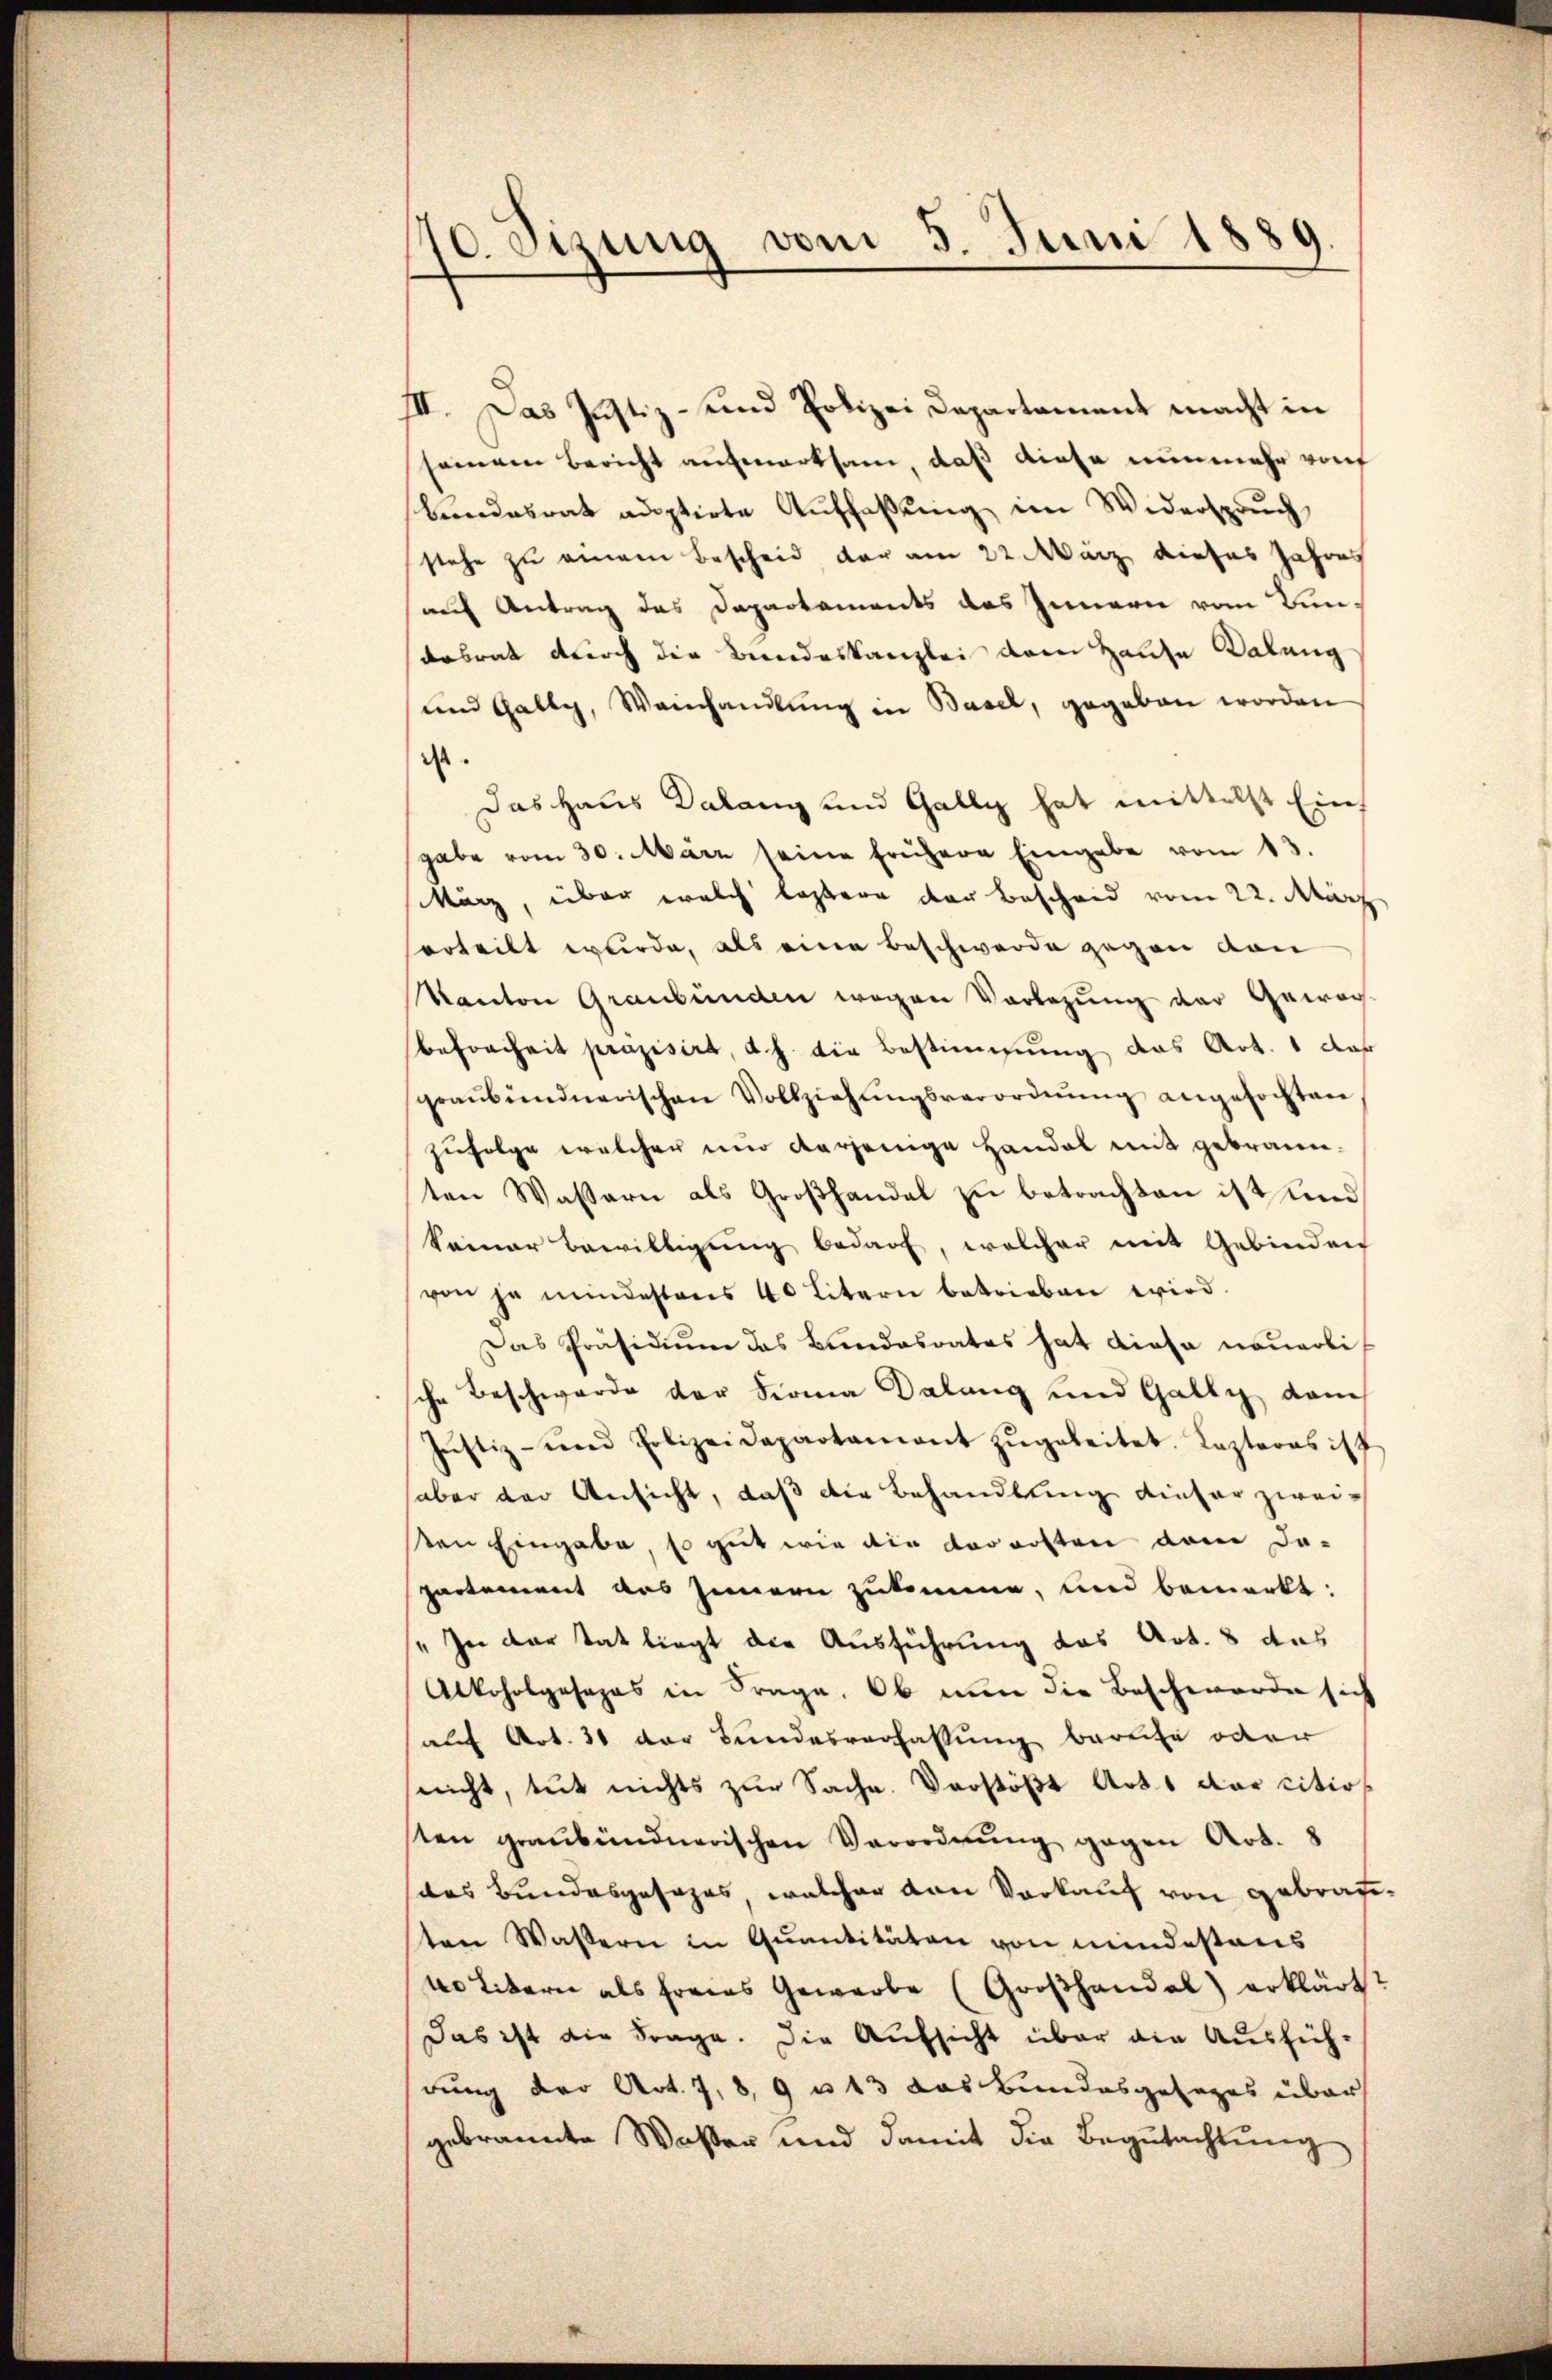
70. Sizung vom 5. Juni 1889

III. Das Justiz- und Polizei Departament macht in
seinem Bericht aufmerksam, daß diese nunmehr von
bandesrat adoptirte Auffaßung im Widerspruch,
stehe zu einem Bescheid der am 22. März dieses Jahres
auf Antrag das Departements des Innern vom Bun
desrat durch die Bundeskanzlei dem Hause Dalang
und Gally, Vorhandlŭng in Basel, gegeben worden
ist.
Das Haus Dalang und Gally hat mittelst Eins
gabe vom 30. März seine frühere Eingabe vom 13.
März, über welch leztere der Bescheid vom 22. März
erteilt wurde, als eine Beschwerde gegen von
Kanton Graubünden wegen Vorlegung der Gewäch-
Befreiheit präzisirt, d. h. die Bestimmung das Art. 1 das
graubündnerischen Vollziehŭngsverordnŭng angefochten
zufolge welchen nur derjenige Handel mit gebraun-
ten Wassern als Großhandel zu betrachten ist und
keiner Bewilligung bedarf, welcher mit Gebinden
von je mindestens 40 Litern betrieben wird.
Das Präsidium das Bundesrates hat diese neuerlische Beschwerde der Firma Dalang und Gally, dam
Jŭstiz- und Polizeidepartament zŭgeleitet. Lezteres ist
aber der Ansicht, daß die Behandlung dieser zwei-
sten Eingabe, so gut wie die vorersten dem da-
partement des Innern zukomme, und bemerkt:
" In der tat liegt die Ausführung das Art. 8 das
Alkoholgosapas in Frage, Ob nun die Beschwerde sich
auf Art. 31 der Bundesverfassung berufe oder
nicht, tut nichts zur Sache Verstößt Art. 1 der citirsten graubündnerischen Verordnung gegen Art. 8
das Bundesgesezes, welcher von Vorkauf von gebrate
sten Wassern in Quantitäten von mindestens
40 Litern als freies Gewerbe (Groβhandel) erklärt?
Das ist die Frage. Die Aufsicht über die Ausfühdung der Art. 7, 8, 9 u 13 das Bundesgesages über
gebrannte Wasser und damit die Begutachtŭng